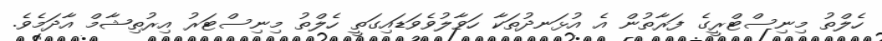
ހެލްތު މިނިސްޓްރީގެ ފަރާތުން އެ އުޅަނދުތަކާ ހަވާލުވެވަޑައިގަތީ ހެލްތު މިނިސްޓަރު އިރުތިޝާމް އާދަމެވެ.